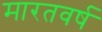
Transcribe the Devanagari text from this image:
मारतवर्ष